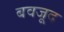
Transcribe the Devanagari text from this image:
बवजूद